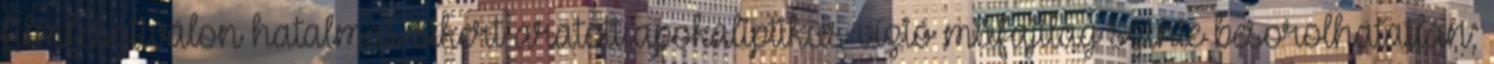
filmfesztiválon hatalmas sikert aratott apokaliptikus vízió műfajilag szinte besorolhatatlan;